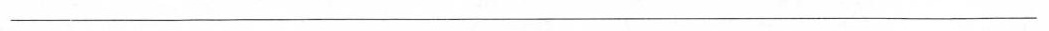
___